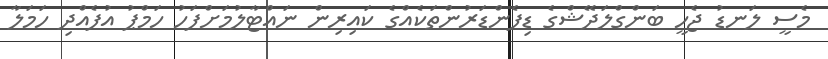
މެސީ ލަނޑު ޖެހީ ބަންގްލަދޭޝްގެ ޑިފެންޑަރުންތަކެއްގެ ކައިރިން ނައްޓާލުމަށްފަހު ހަމްޕު އުފެއްދި ހަމަލާ